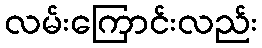
လမ်းကြောင်းလည်း